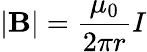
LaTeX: |\mathbf{B}|={\frac{\mu_{0}}{2\pi r}}I